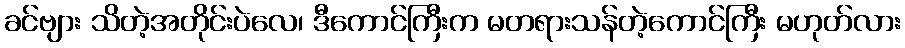
ခင်ဗျား သိတဲ့အတိုင်းပဲလေ၊ ဒီကောင်ကြီးက မတရားသန်တဲ့ကောင်ကြီး မဟုတ်လား